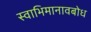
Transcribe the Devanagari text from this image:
स्वाभिमानावबोध